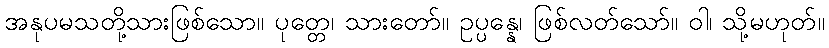
အနုပမသတို့သားဖြစ်သော။ ပုတ္တေ၊ သားတော်။ ဥပ္ပန္နေ၊ ဖြစ်လတ်သော်။ ဝါ၊ သို့မဟုတ်။